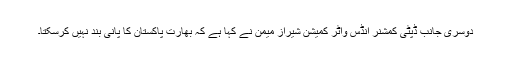
دوسری جانب ڈپٹی کمشنر انڈس واٹر کمیشن شیراز میمن نے کہا ہے کہ بھارت پاکستان کا پانی بند نہیں کرسکتا۔